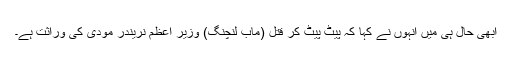
ابھی حال ہی میں انہوں نے کہا کہ پیٹ پیٹ کر قتل (ماب لنچنگ) وزیر اعظم نریندر مودی کی وراثت ہے۔